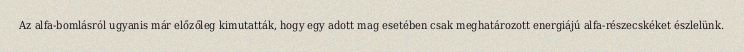
Az alfa-bomlásról ugyanis már előzőleg kimutatták, hogy egy adott mag esetében csak meghatározott energiájú alfa-részecskéket észlelünk.